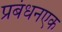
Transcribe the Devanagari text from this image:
प्रबंधनएक